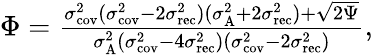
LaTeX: \begin{array}{r}{\Phi=\frac{\sigma_{\textrm{cov}}^{2}(\sigma_{\textrm{cov}}^{2}-2\sigma_{\textrm{rec}}^{2})(\sigma_{\textrm{A}}^{2}+2\sigma_{\textrm{rec}}^{2})+\sqrt{2\Psi}}{\sigma_{\textrm{A}}^{2}(\sigma_{\textrm{cov}}^{2}-4\sigma_{\textrm{rec}}^{2})(\sigma_{\textrm{cov}}^{2}-2\sigma_{\textrm{rec}}^{2})},}\end{array}